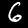
Digit: 6